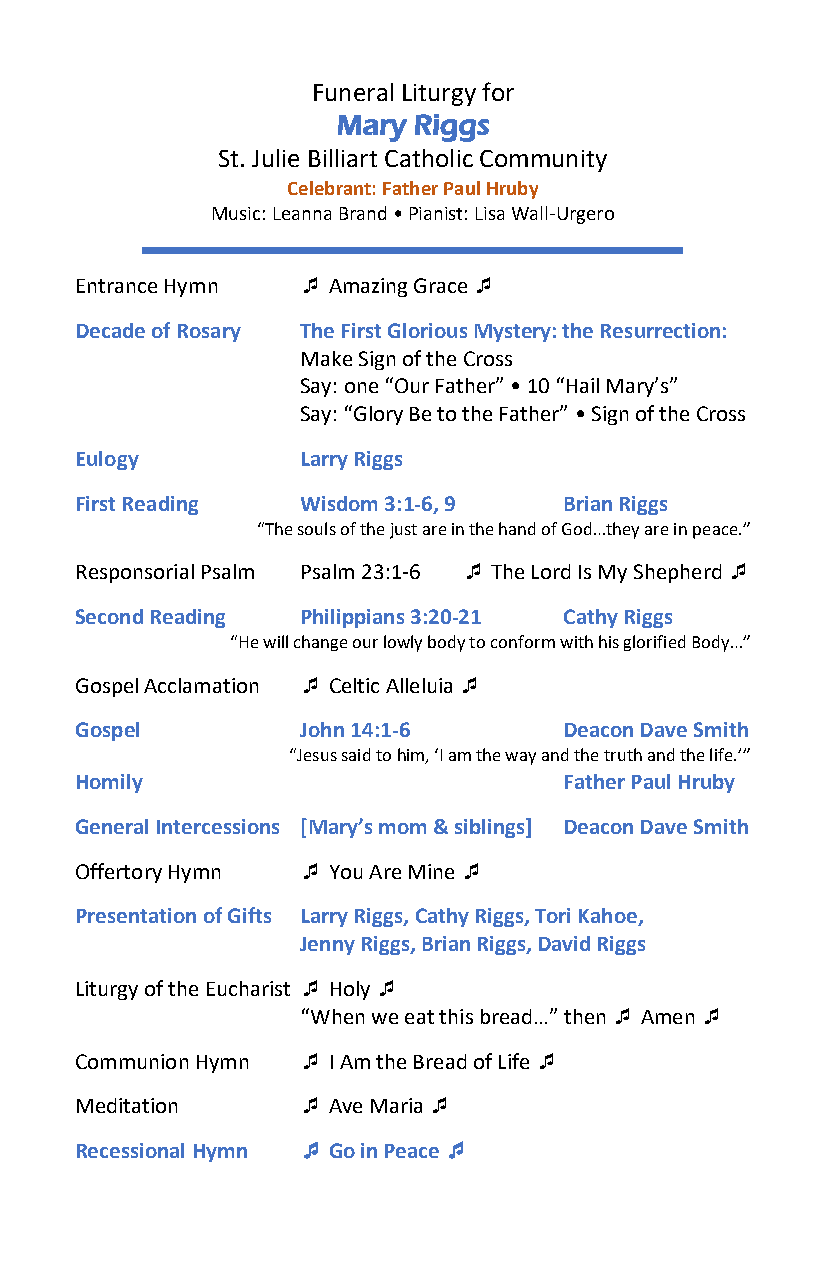
Funeral Liturgy for
 Mary Riggs
 St. Julie Billiart Catholic Community
 Celebrant: Father Paul Hruby
 Music: Leanna Brand • Pianist: Lisa Wall-Urgero
 Entrance Hymn   Amazing Grace 
 Decade of Rosary The First Glorious Mystery: the Resurrection:
 Make Sign of the Cross
 Say: one “Our Father” • 10 “Hail Mary’s”
 Say: “Glory Be to the Father” • Sign of the Cross
 Eulogy         Larry Riggs
 First Reading  Wisdom 3:1-6, 9  Brian Riggs
 “The souls of the just are in the hand of God…they are in peace.”
 Responsorial Psalm Psalm 23:1-6  The Lord Is My Shepherd 
 Second Reading Philippians 3:20-21 Cathy Riggs
 “He will change our lowly body to conform with his glorified Body…”
 Gospel Acclamation  Celtic Alleluia 
 Gospel         John 14:1-6      Deacon Dave Smith
 “Jesus said to him, ‘I am the way and the truth and the life.’”
 Homily                          Father Paul Hruby
 General Intercessions [Mary’s mom & siblings] Deacon Dave Smith
 Offertory Hymn  You Are Mine 
 Presentation of Gifts Larry Riggs, Cathy Riggs, Tori Kahoe,
 Jenny Riggs, Brian Riggs, David Riggs
 Liturgy of the Eucharist  Holy 
 “When we eat this bread…” then  Amen 
 Communion Hymn  I Am the Bread of Life 
 Meditation      Ave Maria 
 Recessional Hymn  Go in Peace 